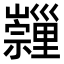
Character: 𡿂